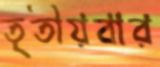
তৃতীয়বার